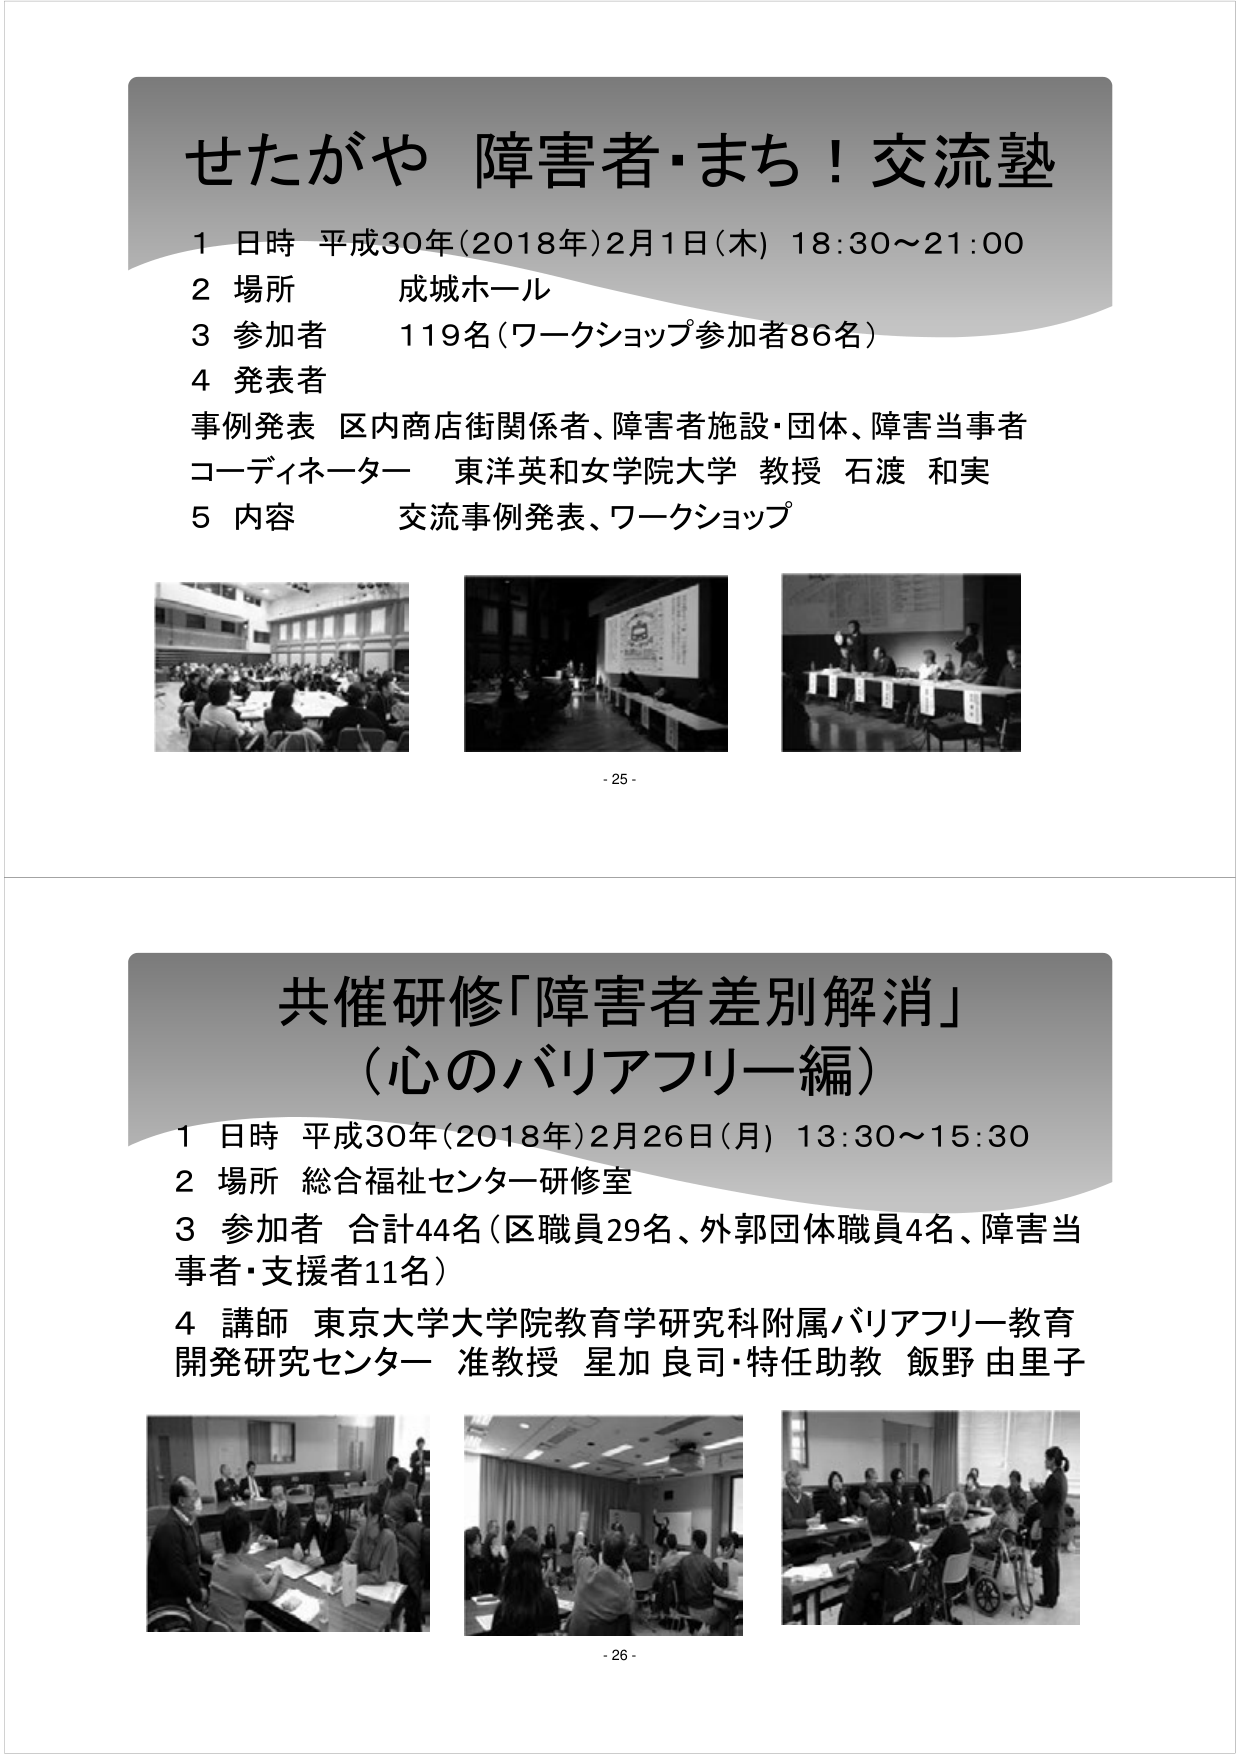
せたがや 障害者・まち！交流塾
1 日時 平成30年(2018年)2月1日(木) 18:30～21:00
2 場所 成城ホール
3 参加者 119名(ワークショップ参加者86名)
4 発表者
事例発表 区内商店街関係者、障害者施設・団体、障害当事者
コーディネーター 東洋英和女学院大学 教授 石渡 和実
5 内容 交流事例発表、ワークショップ

- 25 -

共催研修「障害者差別解消」
（心のバリアフリー編）
1 日時 平成30年(2018年)2月26日(月) 13:30～15:30
2 場所 総合福祉センター研修室
3 参加者 合計44名(区職員29名、外郭団体職員4名、障害当事者・支援者11名)
4 講師 東京大学大学院教育学研究科附属バリアフリー教育開発研究センター 准教授 星加 良司・特任助教 飯野 由里子

- 26 -